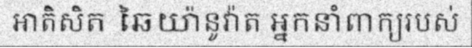
អាតិសិត ឆៃយ៉ានូវ៉ាត អ្នកនាំពាក្យរបស់